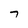
Character: 7